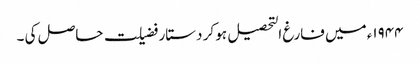
۱۹۴۴ء میں فارغ التحصیل ہو کر دستار فضیلت حاصل کی ۔